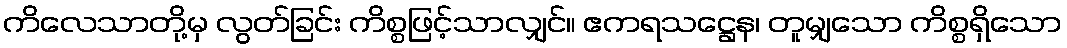
ကိလေသာတို့မှ လွတ်ခြင်း ကိစ္စဖြင့်သာလျှင်။ ဧကရသဋ္ဌေန၊ တူမျှသော ကိစ္စရှိသော